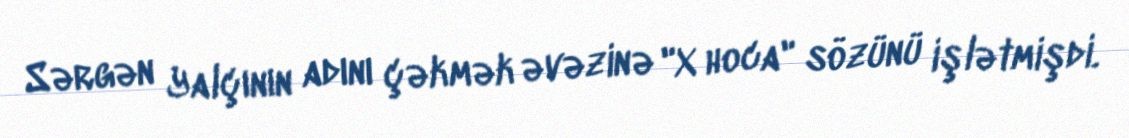
Sərgən Yalçının adını çəkmək əvəzinə "X hoca" sözünü işlətmişdi.